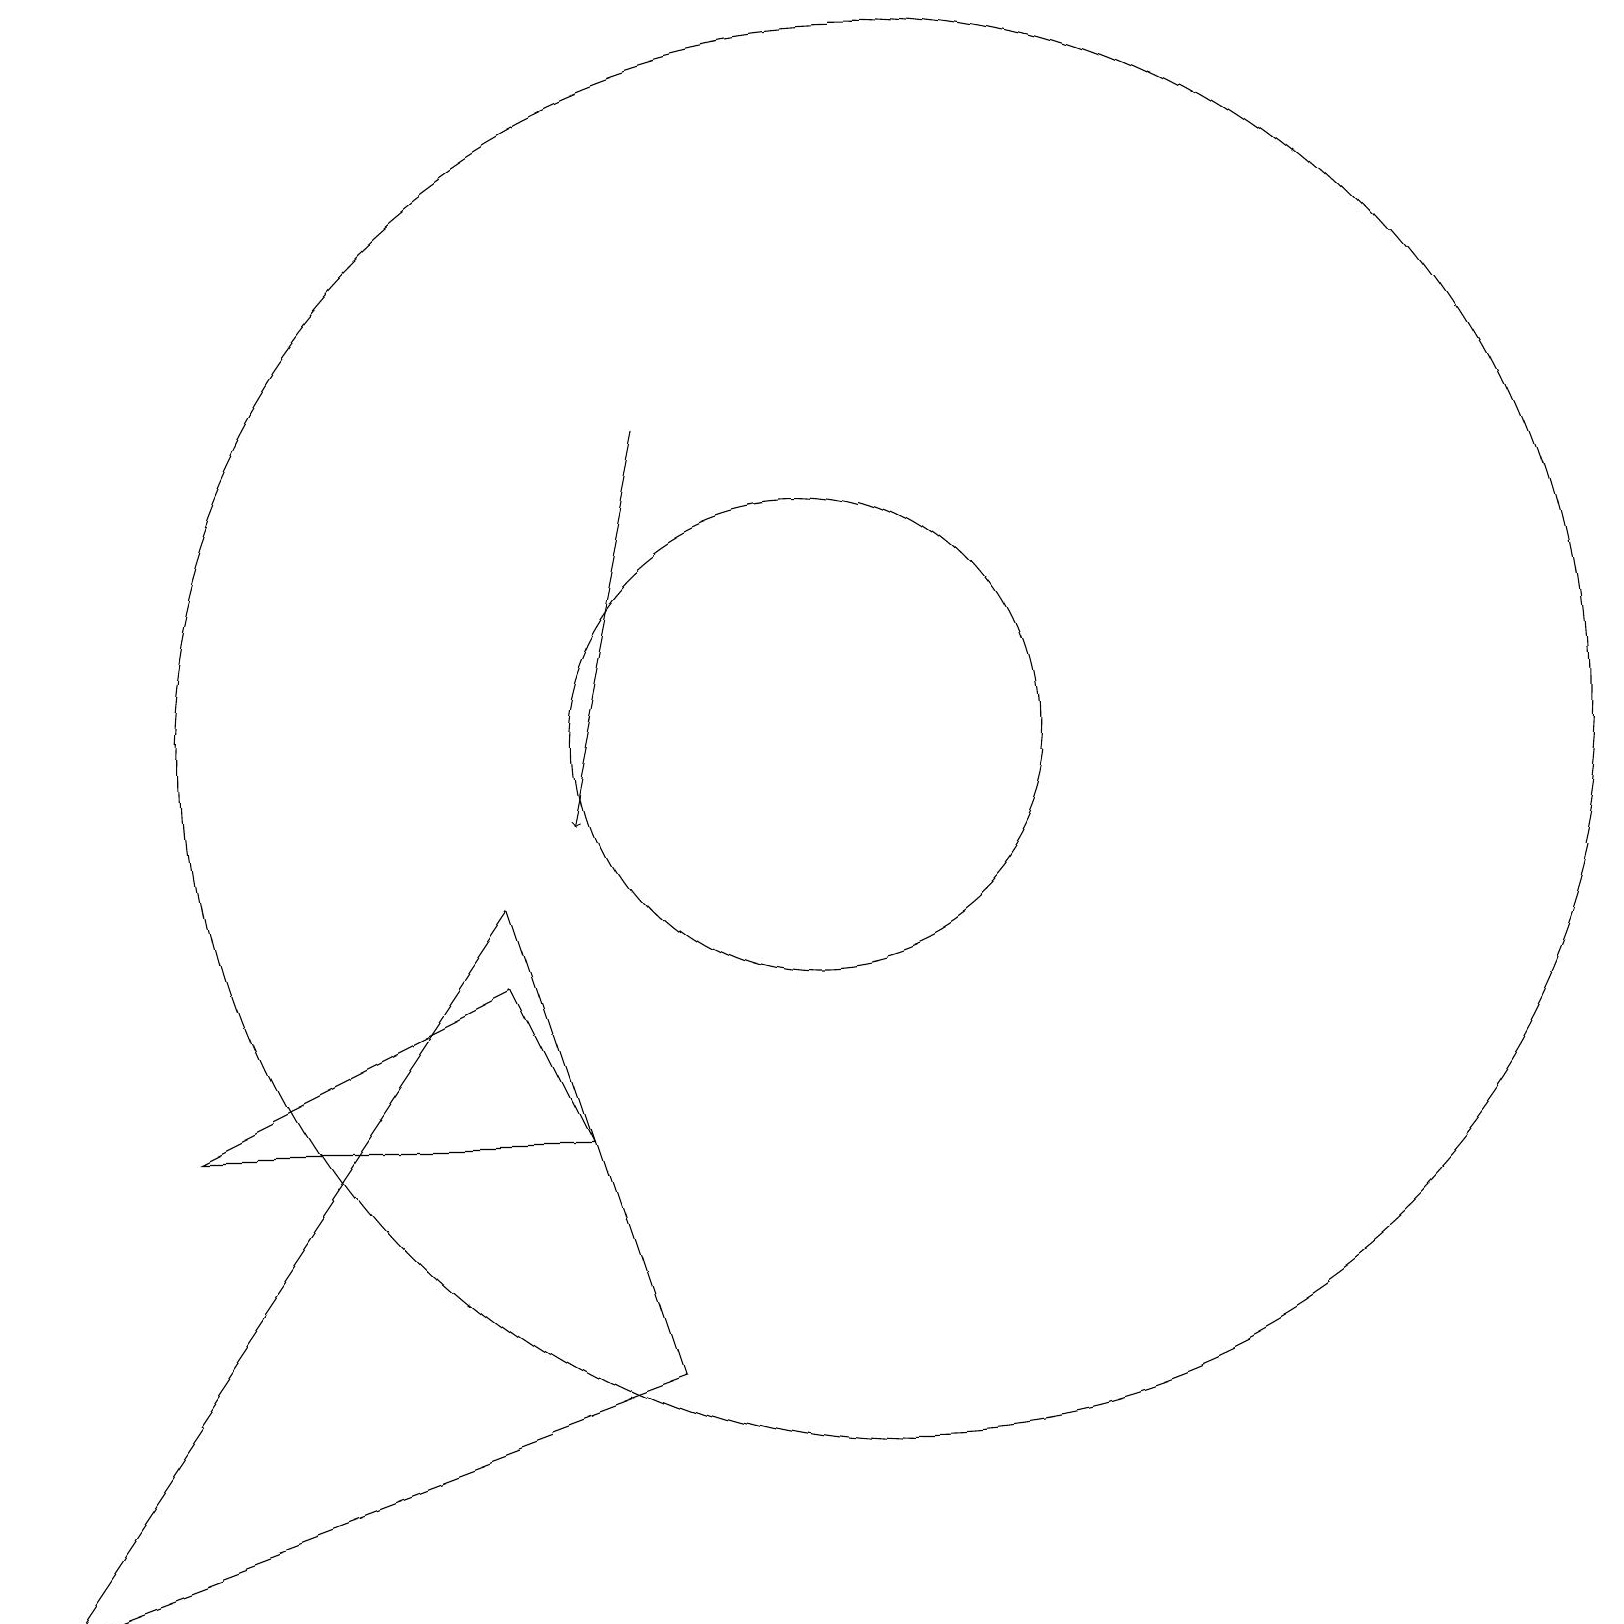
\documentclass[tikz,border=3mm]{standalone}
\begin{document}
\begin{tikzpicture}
\draw (11,11) circle (3);
\draw (7,9) -- (1,0) -- (9,3) -- cycle;
\draw (12,11) circle (9);
\draw (3,6) -- (8,6) -- (7,8) -- cycle;
\draw[->] (9,15) -- (8,10);
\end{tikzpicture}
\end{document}